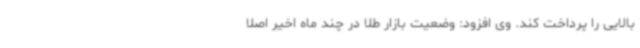
بالایی را پرداخت کند. وی افزود: وضعیت بازار طلا در چند ماه اخیر اصلا